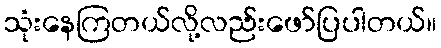
သုံးနေကြတယ်လို့လည်းဖော်ပြပါတယ်။